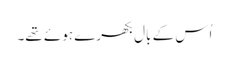
اُس کے بال بکھرے ہوئے تھے۔